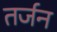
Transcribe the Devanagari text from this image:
तर्जन